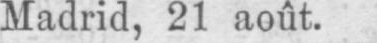
Madrid, 21 août.